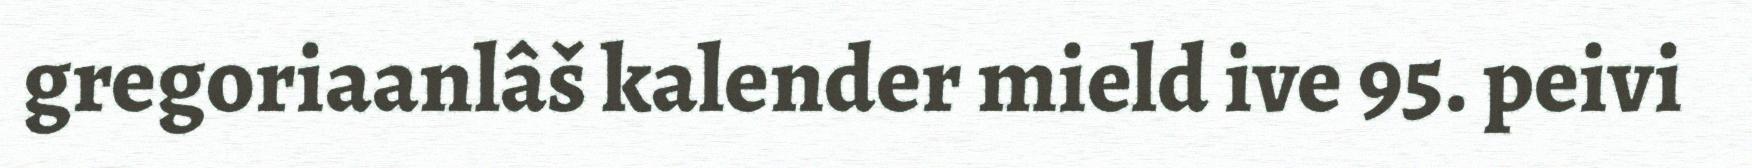
gregoriaanlâš kalender mield ive 95. peivi